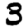
Digit: 3